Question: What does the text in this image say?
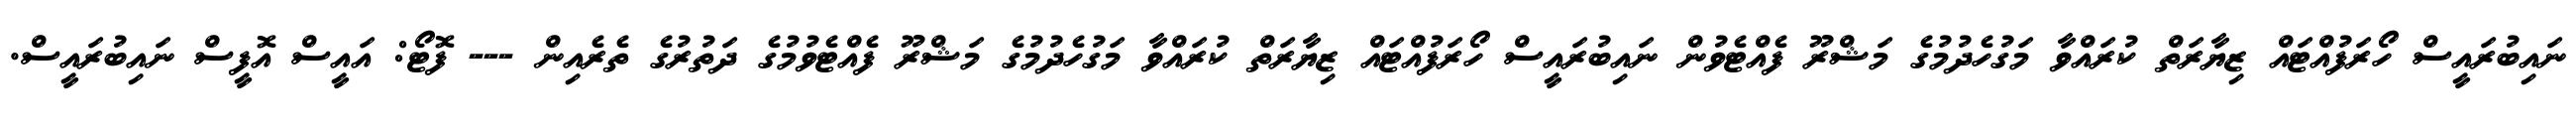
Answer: ނައިބުރައީސް ހޯރަފުއްޓައް ޒިޔާރަތް ކުރައްވާ މަގުހެދުމުގެ މަޝްރޫ ފެއްޓެވުން ނައިބުރައީސް ހޯރަފުއްޓައް ޒިޔާރަތް ކުރައްވާ މަގުހެދުމުގެ މަޝްރޫ ފެއްޓެވުމުގެ ދަތުރުގެ ތެރެއިން --- ފޮޓޯ: އައީސް އޮފީސް ނައިބުރައީސް.